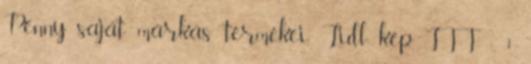
Penny saját márkás termékei, Lidl kép ITT ; 1